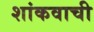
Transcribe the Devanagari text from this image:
शांकवाची